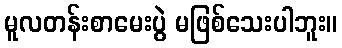
မူလတန်းစာမေးပွဲ မဖြစ်သေးပါဘူး။